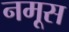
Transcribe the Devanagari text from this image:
नमूस